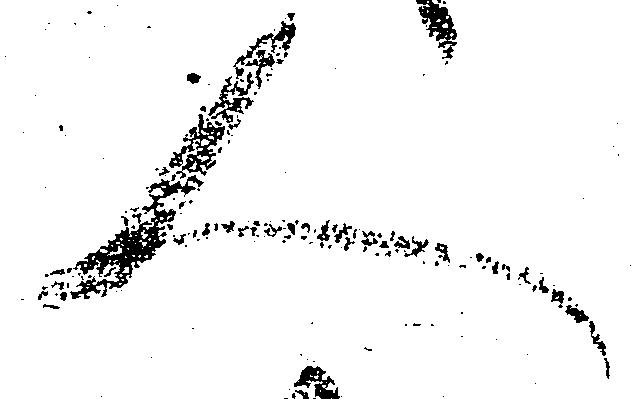
人